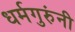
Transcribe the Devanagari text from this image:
धर्मगुरुंनी